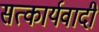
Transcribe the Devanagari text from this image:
सत्कार्यवादी